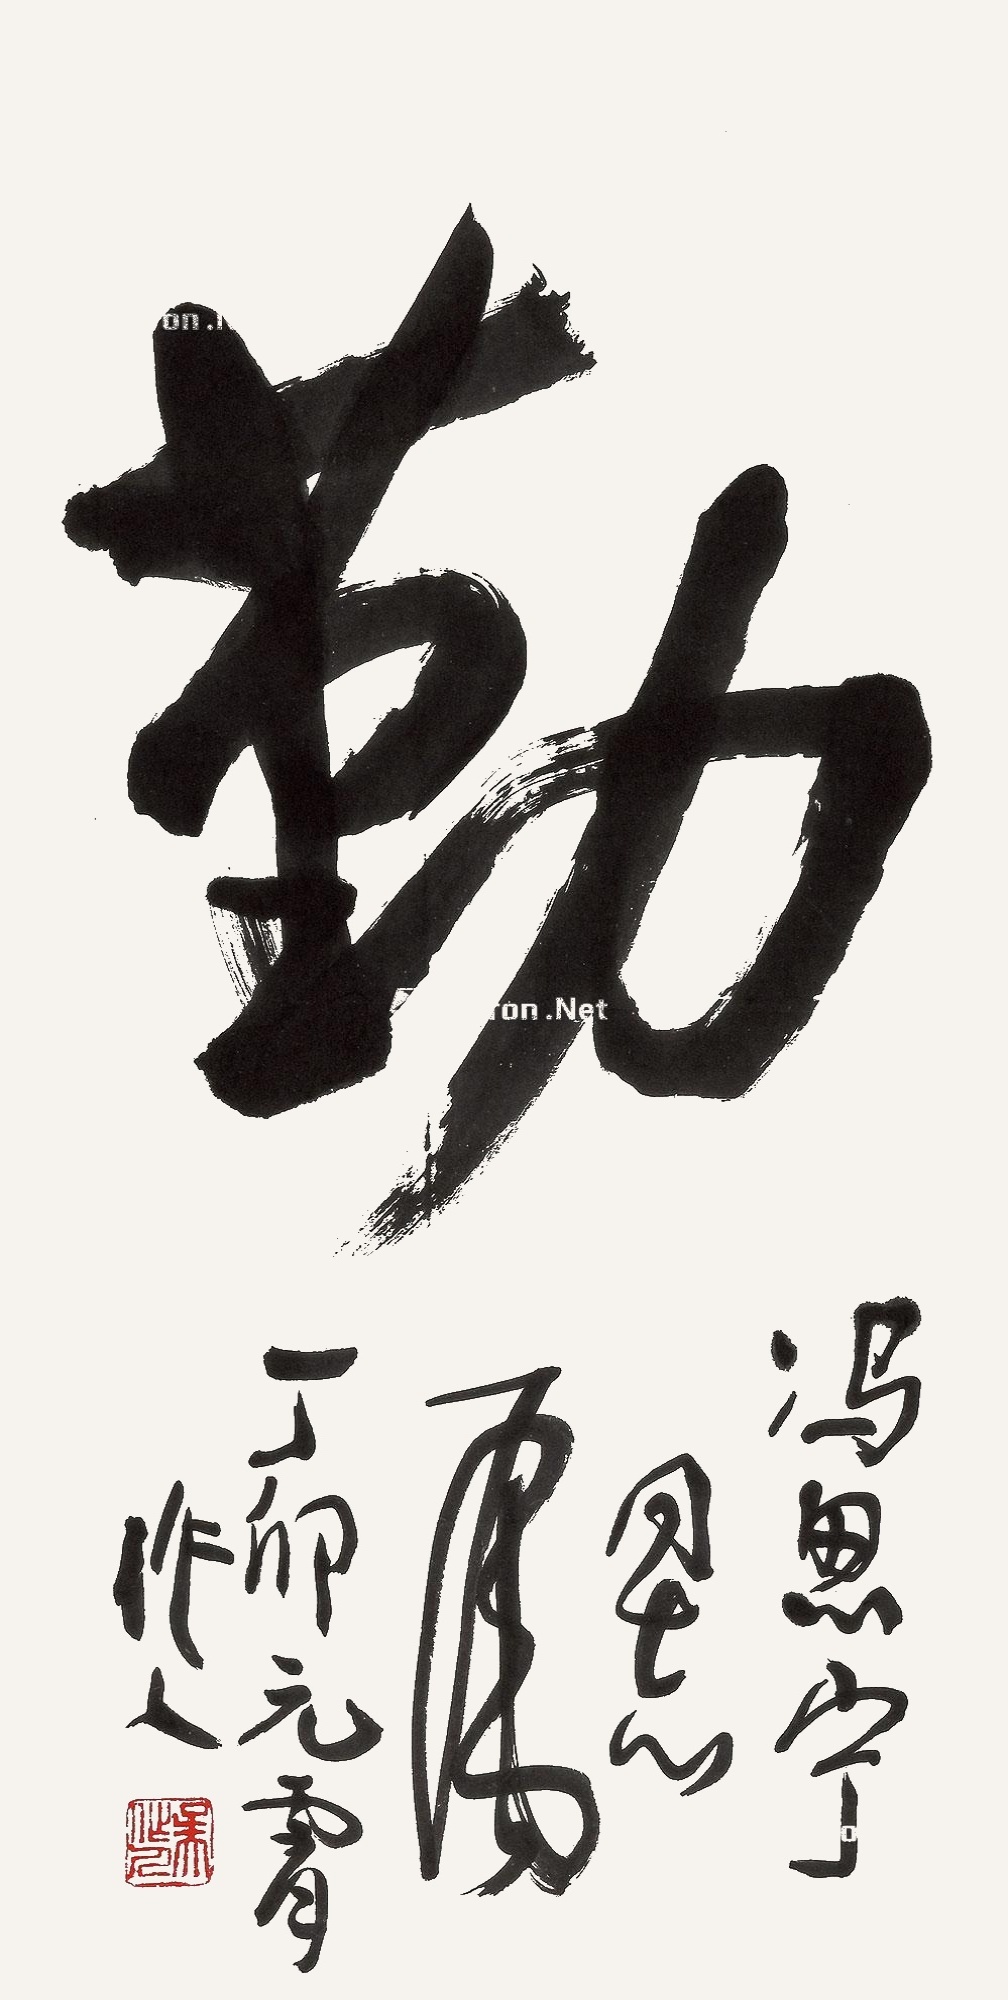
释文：勤。冯思宁同志属，丁卯元宵，作人。